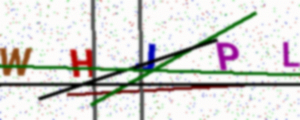
Text: WHJPL